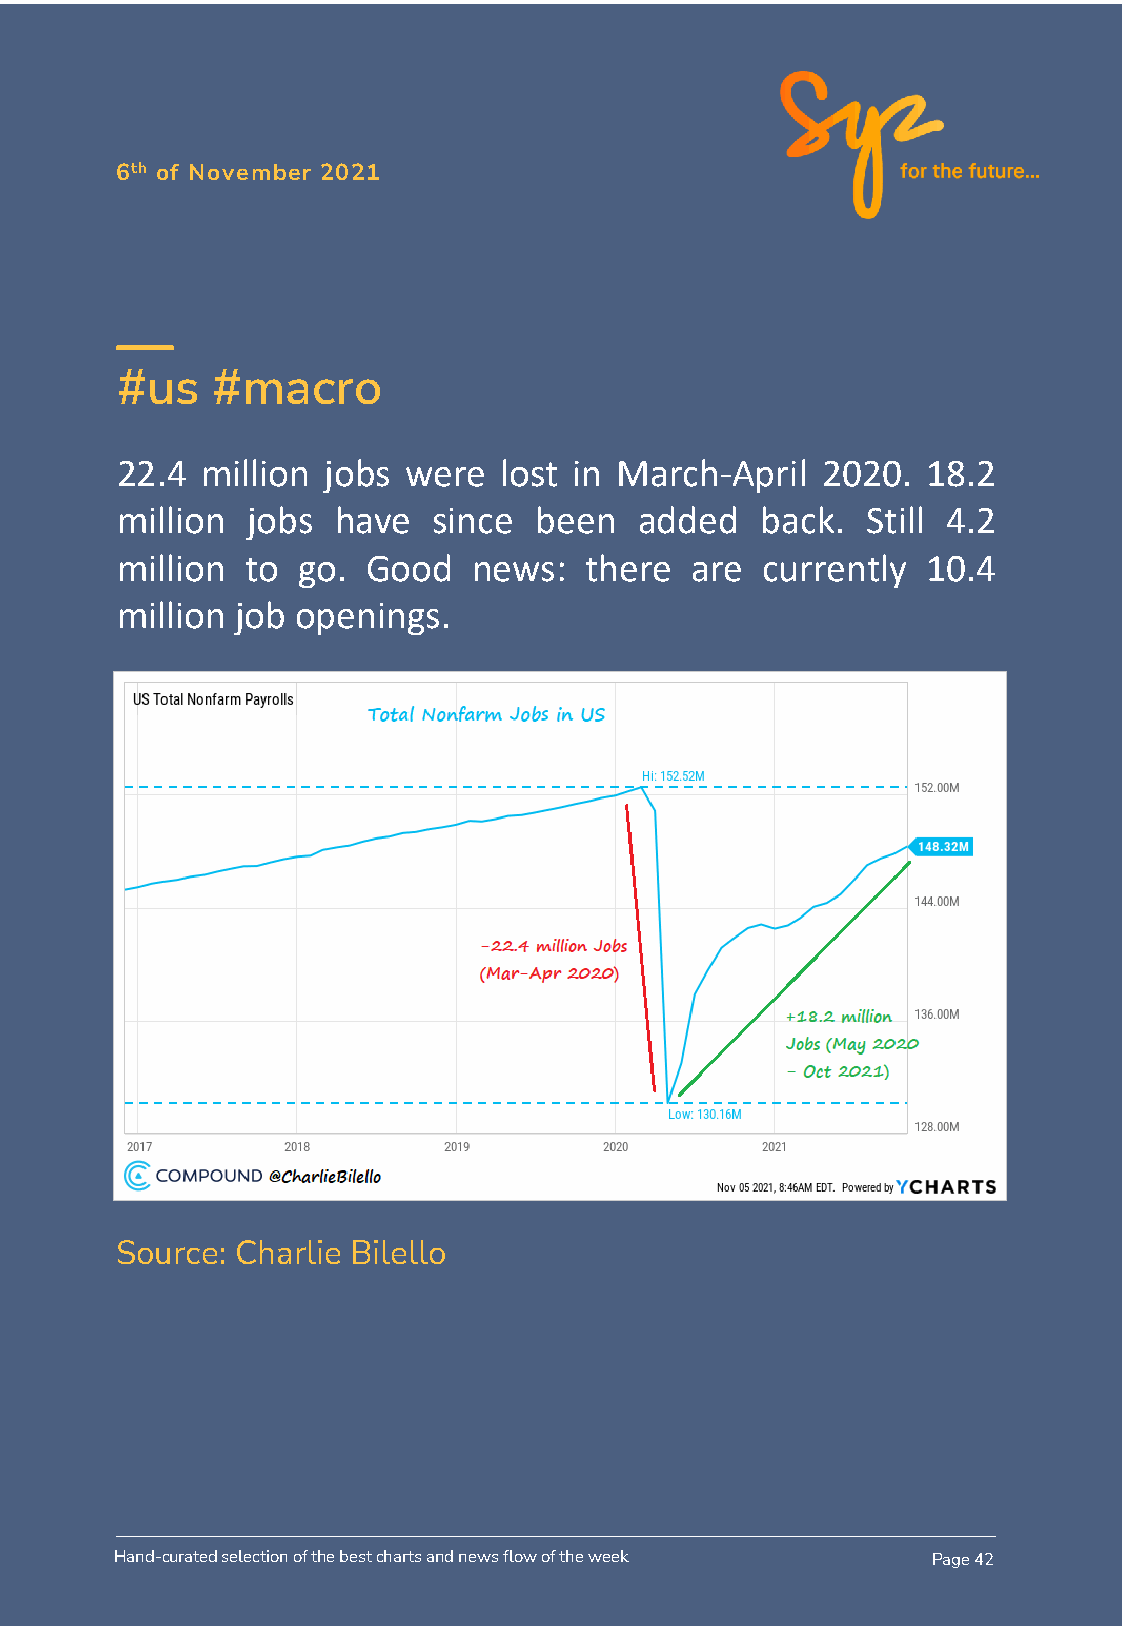
6th of November 2021
 #us   #macro
 22.4 million jobs  were  lost in March-April  2020.  18.2
 million jobs  have   since been   added   back.  Still 4.2
 million to  go. Good   news:   there  are currently  10.4
 million job openings.
 Source: Charlie Bilello
 Hand-curated selection of the best charts and news flow of the week Page 42